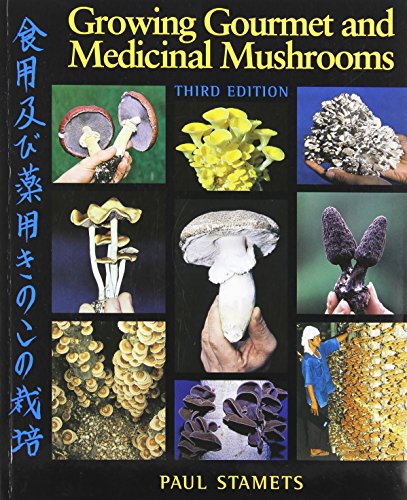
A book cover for Growing Gourmet and Medicinal Mushrooms; Paul Stamets; Crafts, Hobbies & Home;